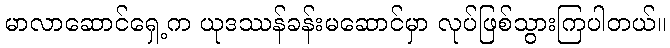
မာလာဆောင်ရှေ့က ယုဒဿန်ခန်းမဆောင်မှာ လုပ်ဖြစ်သွားကြပါတယ်။